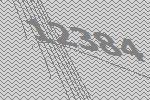
12384